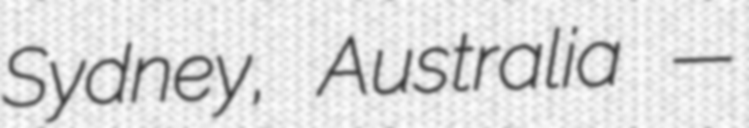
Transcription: Sydney, Australia —